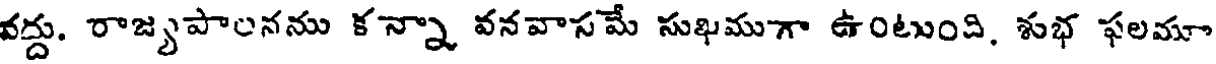
వద్దు. రాజ్యపాలనను కన్నా వనవాసమే సుఖముగా ఉంటుంది, శుభ ఫలమూ